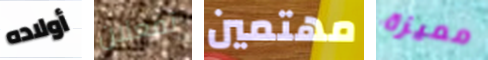
أولاده تفعلان مهتمين مميزة